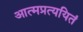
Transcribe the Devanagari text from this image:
आत्मप्रत्ययितं